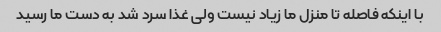
با اینکه فاصله تا منزل ما زیاد نیست ولى غذا سرد شد به دست ما رسید